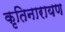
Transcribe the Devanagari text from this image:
कृतिनारायण